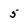
Character: 5